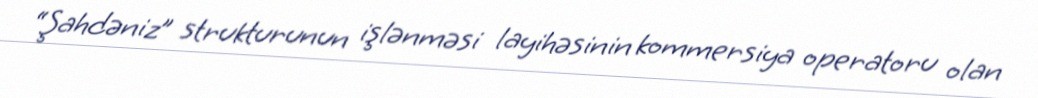
“Şahdəniz” strukturunun işlənməsi layihəsinin kommersiya operatoru olan